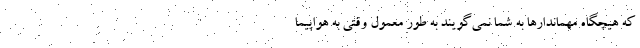
که هیچگاه مهماندارها به شما نمی‌گویند به طور معمول وقتی به هواپیما